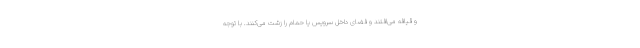
و قیافه می‌افتند و فضای داخل سرویس یا حمام را زشت می‌کنند. با توجه